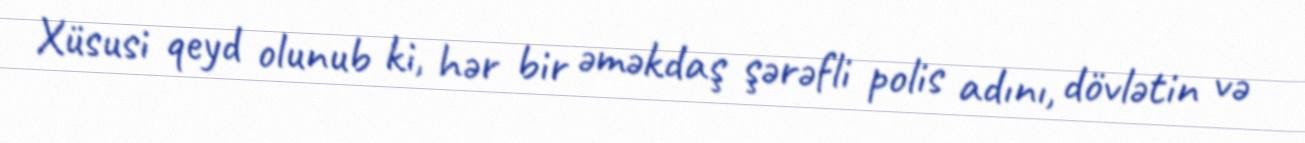
Xüsusi qeyd olunub ki, hər bir əməkdaş şərəfli polis adını, dövlətin və